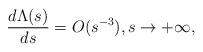
LaTeX: \begin{align*}\frac{d\Lambda(s)}{ds} = O(s^{-3}),s\to +\infty,\end{align*}